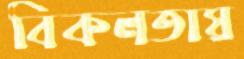
বিকলতায়